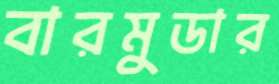
বারমুডার